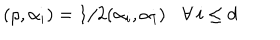
( \rho , \alpha _ { i } ) = 1 / 2 ( \alpha _ { i } , \alpha _ { i } ) \: \: \: \: \forall \: i \leq d